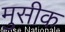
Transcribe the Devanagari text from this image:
मुसीक